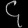
Digit: ၄